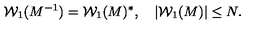
{ \cal W } _ { 1 } ( M ^ { - 1 } ) = { \cal W } _ { 1 } ( M ) ^ { * } , \quad | { \cal W } _ { 1 } ( M ) | \leq N .